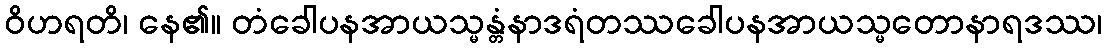
ဝိဟရတိ၊ နေ၏။ တံခေါပနအာယသ္မန္တံနာဒရံတဿခေါပနအာယသ္မတောနာရဒဿ၊